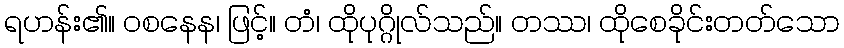
ရဟန်း၏။ ဝစနေန၊ ဖြင့်။ တံ၊ ထိုပုဂ္ဂိုလ်သည်။ တဿ၊ ထိုစေခိုင်းတတ်သော